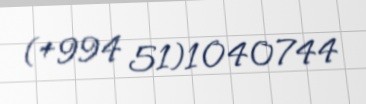
(+994 51)1040744